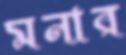
মনার